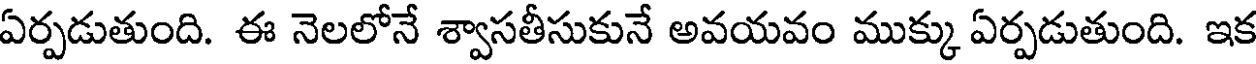
ఏర్పడుతుంది. ఈ నెలలోనే శ్వాసతీసుకునే అవయవం ముక్కు ఏర్పడుతుంది. ఇక